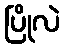
ပြိုလဲ